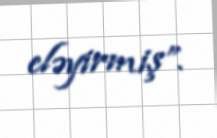
eləyirmiş”.